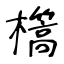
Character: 㰏